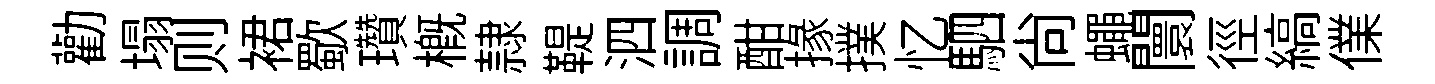
勸塌则裙歜瓚概隷鞮泗調酣掾撲忆駟尚蠅闤徑縞㒒